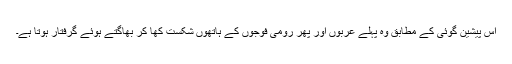
اس پیشین گوئی کے مطابق وہ پہلے عربوں اور پھر رومی فوجوں کے ہاتھوں شکست کھا کر بھاگتے ہوئے گرفتار ہوتا ہے۔